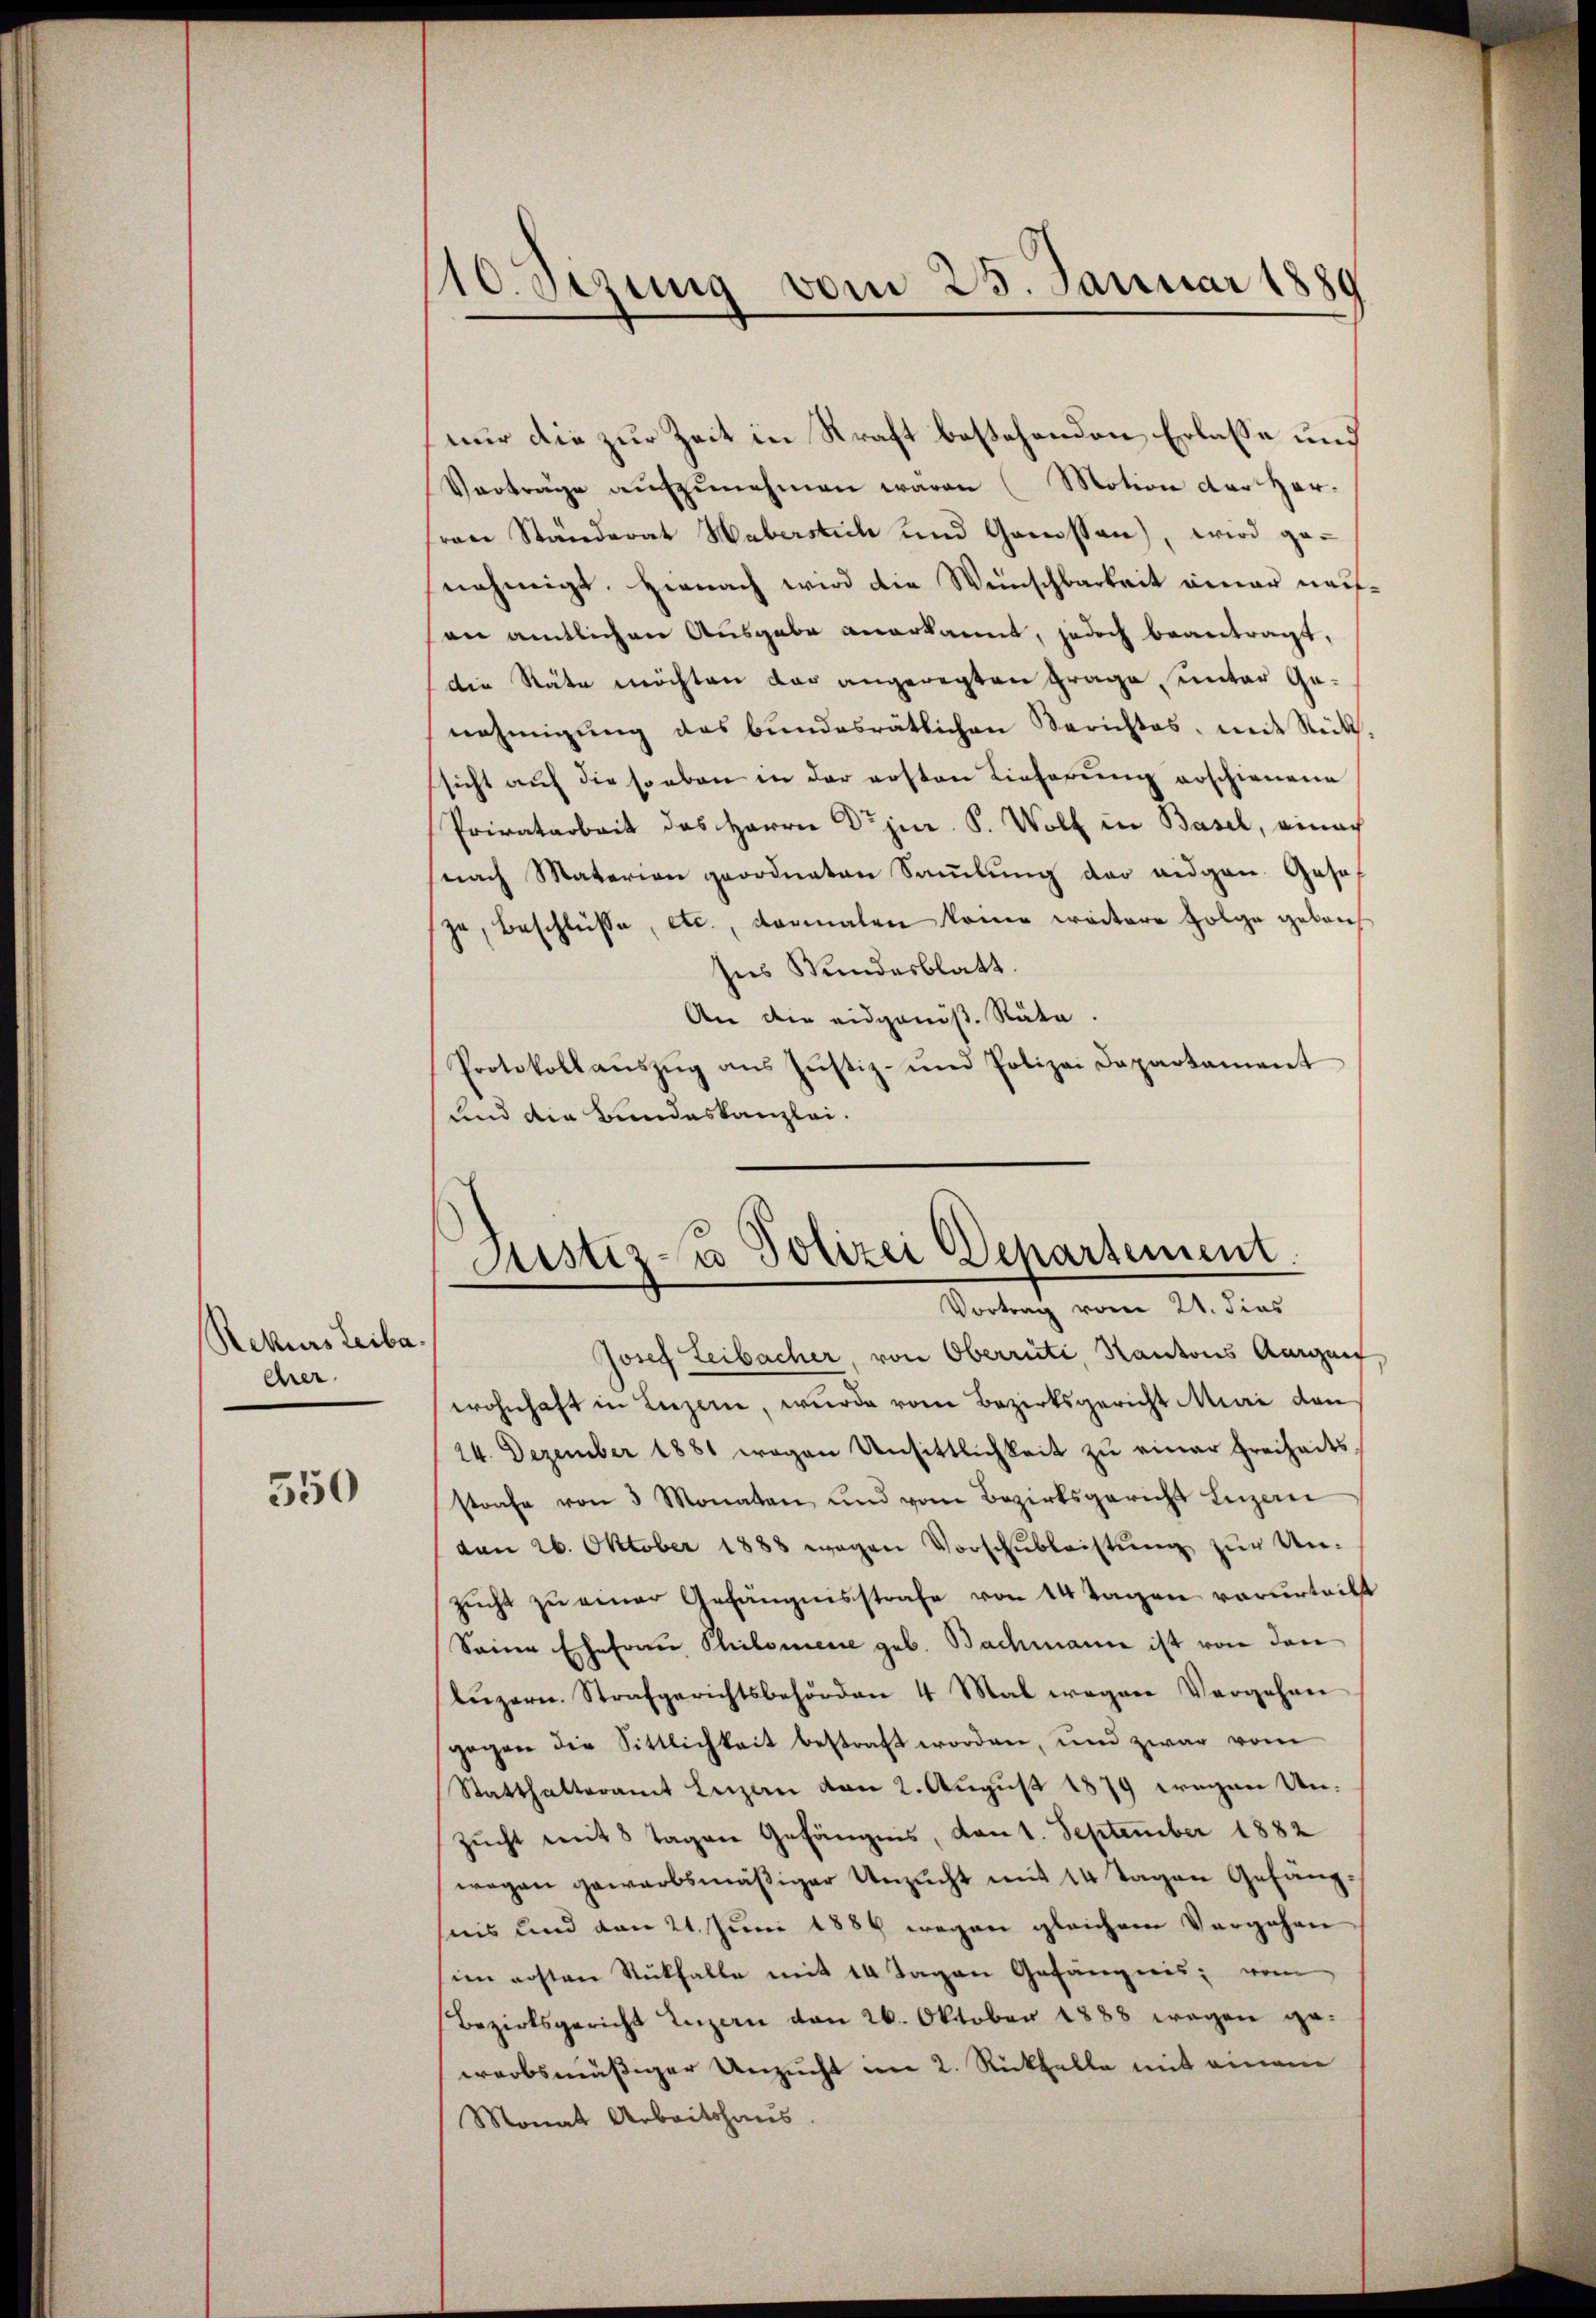
Rekurs Leiba
ehrer.

550

110. Sezung vom 25. Januar 1889

nur die zur Zeit in Kraft bestehenden Erlasse und
Verträge aufzunehmen waren (Motion der Herren Ständerat Haberstich und Gamssen), wird genehmigt. Hienach wird die Wünschbarkeit einer nachson amtlichen Ausgabe anerkannt, jedoch beantragt,
die Stäte möchten das angeregten Frage, unter Genehmigŭng des Bŭndesrätlichen Berichtes, mit Stück-
sicht auf die soeben in der ersten Lieferung erschienene
Privatarbeit des Herrn Dr jur. S. Wolf in Basel, ainach
nach Materien geordneten Samlung der eidgen. Geseje, Beschlüsse, etc., dermalen keine weitere Folge gebauzu
Ins Bundesblatt.
An die eidgenös. Räte.
Protokollaŭszŭg ans Jŭstiz- und Polizei Dapartament
und die Bundeskanzlei.

Justiz- & Polizei Departement.
Vortrag vom 21. dies
Josef Leibacher, von Oberrüti, Kantons Aarguef

wohnhaft in Luzern, wurde vom Bezirksgericht Muri dan
24. Dezember 1881 wegen Unsittlichkeit zŭ einer Freiheits-
strafe von 3 Monaten und vom Bezirksgericht Luzern
von 26. Oktober 1888 wegen Vorschŭbleistŭng zŭr Un-
Zŭcht zŭ einer Gefängnisstrafe von 14 Tagen verurteilt
Seine Ehefrau Philomene geb. Bachmann ist von den
Lŭzern. Strafgerichtsbehörden 4 Mal wegen Vergehen
gegen die Sittlichkeit bestraft worden, und zwar vom
Statthalteramt Luzern von 2. August 1879 wegen Unzucht mit 8 Tagen Gefängnis, von 1. September 1882
wegen gewarbsmäßiger Unzucht mit 14 Tagen Gefängsuis und den 21. Juni 1889 wegen gleichem Vergehen
sim ersten Rückfalle mit 14 Tagen Gefängnis vom
Bezirksgericht Luzern von 26. Oktober 1888 wegen ge-
werbsmäßiger Unzucht am 2. Rückfalle mit einem
Monat Arbeitshaus